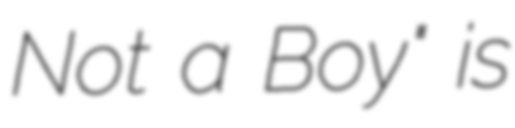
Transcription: Not a Boy" is